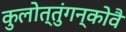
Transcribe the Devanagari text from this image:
कुलोत्तुंगन्कोवै